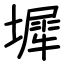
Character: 墀